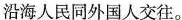
沿海人民同外国人交往。